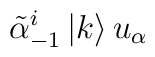
\tilde{\alpha}_{-1}^i \left|k\right> u_\alpha